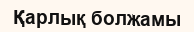
Қарлық болжамы